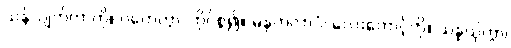
သန်လျက်ကာကို။ ဂဟေတွာ၊ ကိုင်စွဲ၍။ ဓနုကလာပံ၊ လေးတောင့်ကို။ သန္နယှိတွာ၊